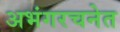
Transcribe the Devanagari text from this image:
अभंगरचनेत